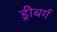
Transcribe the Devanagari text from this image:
ड्रीबर्ग